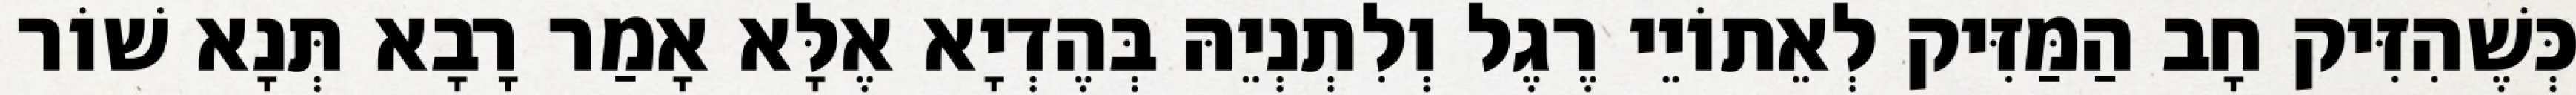
כְּשֶׁהִזִּיק חָב הַמַּזִּיק לְאֵתוֹיֵי רֶגֶל וְלִתְנְיֵהּ בְּהֶדְיָא אֶלָּא אָמַר רָבָא תְּנָא שׁוֹר